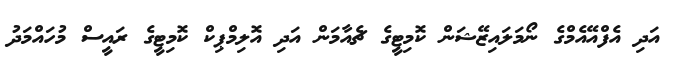
އަދި އެފްއޭއެމްގެ ނޯމަލައިޒޭޝަން ކޮމިޓީގެ ޗެއާމަން އަދި އޮލިމްޕިކް ކޮމިޓީގެ ރައީސް މުހައްމަދު